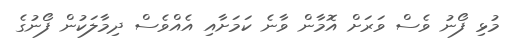
މުޅި ފޯނު ވެސް ވަރަށް އޮމާން ވާނެ ކަމަށާއި އެއްވެސް ދިމާލަކުން ފޯނުގެ